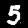
Digit: 5